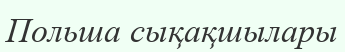
Польша сықақшылары